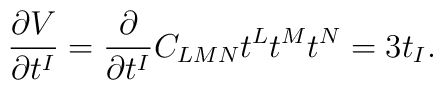
\frac{\partial V}{\partial t^{I}}=\frac{\partial}{\partial t^{I}}C_{LMN}t^{L}t^{M}t^{N}=3t_{I}.